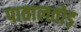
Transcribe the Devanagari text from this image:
पातालतोड़